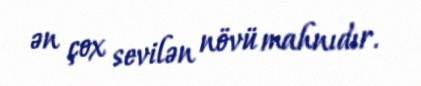
ən çox sevilən növü mahnıdır.